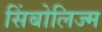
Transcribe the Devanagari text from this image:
सिंबोलिज्म